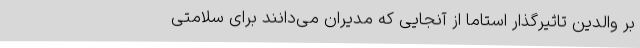
بر والدین تاثیرگذار استاما از آنجایی که مدیران می‌دانند برای سلامتی